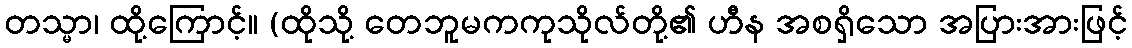
တသ္မာ၊ ထို့ကြောင့်။ (ထိုသို့ တေဘူမကကုသိုလ်တို့၏ ဟီန အစရှိသော အပြားအားဖြင့်